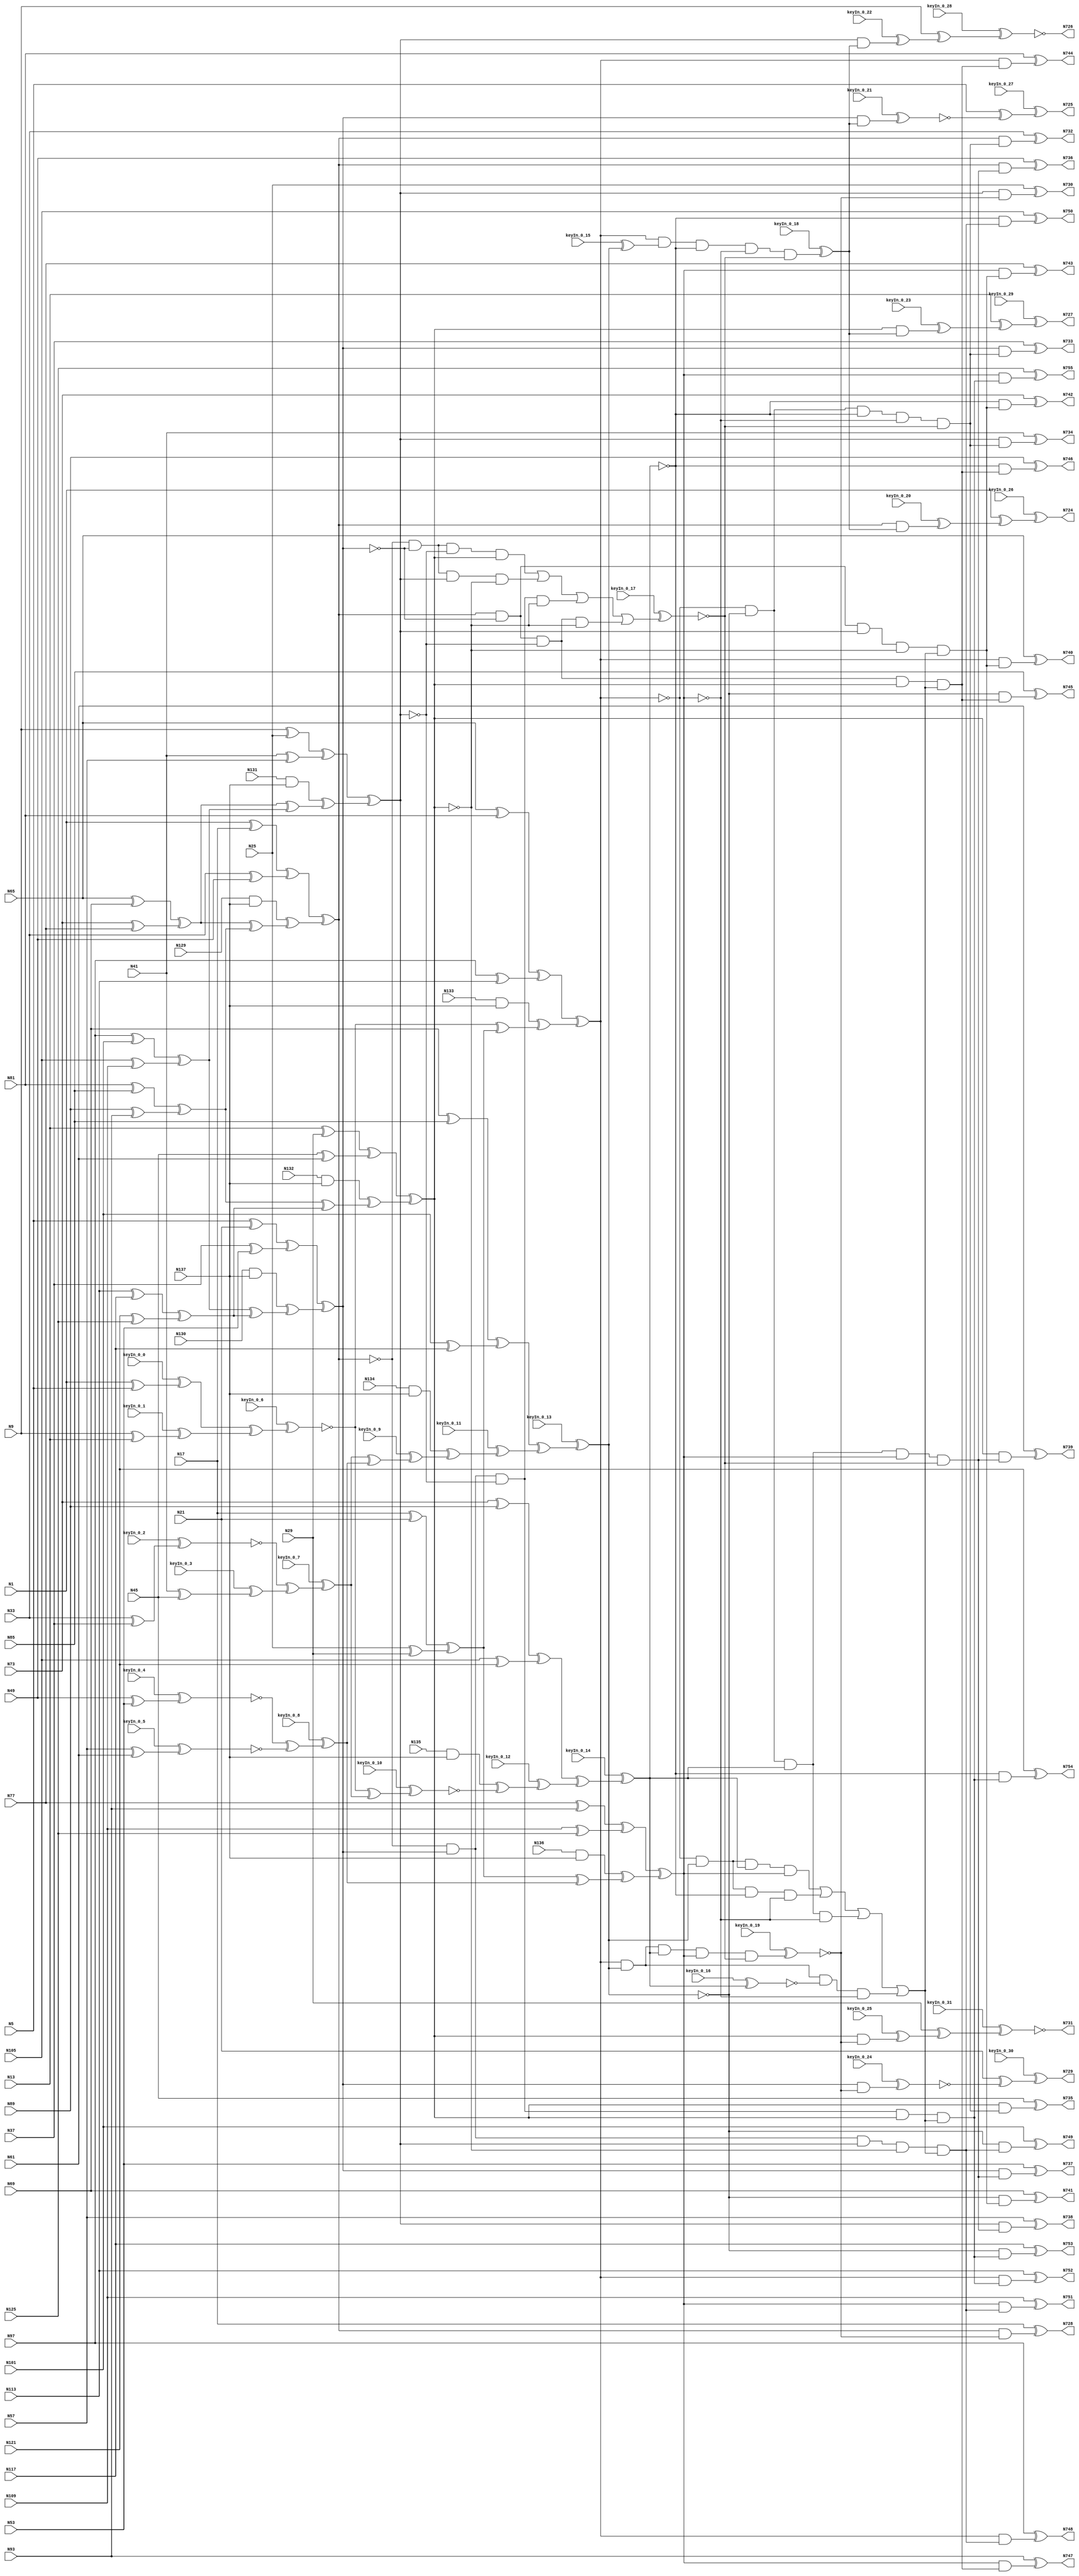
// This program was cloned from: https://github.com/matthewdelorenzo/CreativEval
// License: BSD 3-Clause "New" or "Revised" License

`timescale 1ns / 1ps
// Verilog
// c499
// Ninputs 41
// Noutputs 32
// NtotalGates 202
// XOR2 104
// AND2 40
// NOT1 40
// AND4 8
// OR4 2
// AND5 8

module top (N1,N5,N9,N13,N17,N21,N25,N29,N33,N37,
             N41,N45,N49,N53,N57,N61,N65,N69,N73,N77,
             N81,N85,N89,N93,N97,N101,N105,N109,N113,N117,
             N121,N125,N129,N130,N131,N132,N133,N134,N135,N136,
             N137,N724,N725,N726,N727,N728,N729,N730,N731,N732,
             N733,N734,N735,N736,N737,N738,N739,N740,N741,N742,
             N743,N744,N745,N746,N747,N748,N749,N750,N751,N752,
                  N753,N754,N755,
        keyIn_0_0, keyIn_0_1, keyIn_0_2, keyIn_0_3, keyIn_0_4,
        keyIn_0_5, keyIn_0_6, keyIn_0_7, keyIn_0_8, keyIn_0_9,
        keyIn_0_10, keyIn_0_11, keyIn_0_12, keyIn_0_13, keyIn_0_14,
        keyIn_0_15, keyIn_0_16, keyIn_0_17, keyIn_0_18, keyIn_0_19,
        keyIn_0_20, keyIn_0_21, keyIn_0_22, keyIn_0_23, keyIn_0_24,
        keyIn_0_25, keyIn_0_26, keyIn_0_27, keyIn_0_28, keyIn_0_29,
        keyIn_0_30, keyIn_0_31);

  input keyIn_0_0, keyIn_0_1, keyIn_0_2, keyIn_0_3, keyIn_0_4;
  input keyIn_0_5, keyIn_0_6, keyIn_0_7, keyIn_0_8, keyIn_0_9;
  input keyIn_0_10, keyIn_0_11, keyIn_0_12, keyIn_0_13, keyIn_0_14;
  input keyIn_0_15, keyIn_0_16, keyIn_0_17, keyIn_0_18, keyIn_0_19;
  input keyIn_0_20, keyIn_0_21, keyIn_0_22, keyIn_0_23, keyIn_0_24;
  input keyIn_0_25, keyIn_0_26, keyIn_0_27, keyIn_0_28, keyIn_0_29;
  input keyIn_0_30, keyIn_0_31;

  wire [0:31] KeyWire_0;
  wire [0:17] KeyNOTWire_0;

input N1,N5,N9,N13,N17,N21,N25,N29,N33,N37,
      N41,N45,N49,N53,N57,N61,N65,N69,N73,N77,
      N81,N85,N89,N93,N97,N101,N105,N109,N113,N117,
      N121,N125,N129,N130,N131,N132,N133,N134,N135,N136,
      N137;

output N724,N725,N726,N727,N728,N729,N730,N731,N732,N733,
       N734,N735,N736,N737,N738,N739,N740,N741,N742,N743,
       N744,N745,N746,N747,N748,N749,N750,N751,N752,N753,
       N754,N755;

wire N250,N251,N252,N253,N254,N255,N256,N257,N258,N259,
     N260,N261,N262,N263,N264,N265,N266,N267,N268,N269,
     N270,N271,N272,N273,N274,N275,N276,N277,N278,N279,
     N280,N281,N282,N283,N284,N285,N286,N287,N288,N289,
     N290,N293,N296,N299,N302,N305,N308,N311,N314,N315,
     N316,N317,N318,N319,N320,N321,N338,N339,N340,N341,
     N342,N343,N344,N345,N346,N347,N348,N349,N350,N351,
     N352,N353,N354,N367,N380,N393,N406,N419,N432,N445,
     N554,N555,N556,N557,N558,N559,N560,N561,N562,N563,
     N564,N565,N566,N567,N568,N569,N570,N571,N572,N573,
     N574,N575,N576,N577,N578,N579,N580,N581,N582,N583,
     N584,N585,N586,N587,N588,N589,N590,N591,N592,N593,
     N594,N595,N596,N597,N598,N599,N600,N601,N602,N607,
     N620,N625,N630,N635,N640,N645,N650,N655,N692,N693,
     N694,N695,N696,N697,N698,N699,N700,N701,N702,N703,
     N704,N705,N706,N707,N708,N709,N710,N711,N712,N713,
     N714,N715,N716,N717,N718,N719,N720,N721,N722,N723;

  xor XOR2_1 (KeyWire_0[0], N1, N5);
  xor KeyGate_0_0(N250, keyIn_0_0, KeyWire_0[0]);
  xor XOR2_2 (KeyWire_0[1], N9, N13);
  xnor KeyGate_0_1(KeyNOTWire_0[0], keyIn_0_1, KeyWire_0[1]);
  not KeyNOTGate_0_0(N251, KeyNOTWire_0[0]);
xor XOR2_3 (N252, N17, N21);
xor XOR2_4 (N253, N25, N29);
  xor XOR2_5 (KeyWire_0[2], N33, N37);
  xor KeyGate_0_2(KeyNOTWire_0[1], keyIn_0_2, KeyWire_0[2]);
  not KeyNOTGate_0_1(N254, KeyNOTWire_0[1]);
  xor XOR2_6 (KeyWire_0[3], N41, N45);
  xor KeyGate_0_3(N255, keyIn_0_3, KeyWire_0[3]);
  xor XOR2_7 (KeyWire_0[4], N49, N53);
  xnor KeyGate_0_4(N256, keyIn_0_4, KeyWire_0[4]);
  xor XOR2_8 (KeyWire_0[5], N57, N61);
  xor KeyGate_0_5(KeyNOTWire_0[2], keyIn_0_5, KeyWire_0[5]);
  not KeyNOTGate_0_2(N257, KeyNOTWire_0[2]);
xor XOR2_9 (N258, N65, N69);
xor XOR2_10 (N259, N73, N77);
xor XOR2_11 (N260, N81, N85);
xor XOR2_12 (N261, N89, N93);
xor XOR2_13 (N262, N97, N101);
xor XOR2_14 (N263, N105, N109);
xor XOR2_15 (N264, N113, N117);
xor XOR2_16 (N265, N121, N125);
and AND2_17 (N266, N129, N137);
and AND2_18 (N267, N130, N137);
and AND2_19 (N268, N131, N137);
and AND2_20 (N269, N132, N137);
and AND2_21 (N270, N133, N137);
and AND2_22 (N271, N134, N137);
and AND2_23 (N272, N135, N137);
and AND2_24 (N273, N136, N137);
xor XOR2_25 (N274, N1, N17);
xor XOR2_26 (N275, N33, N49);
xor XOR2_27 (N276, N5, N21);
xor XOR2_28 (N277, N37, N53);
xor XOR2_29 (N278, N9, N25);
xor XOR2_30 (N279, N41, N57);
xor XOR2_31 (N280, N13, N29);
xor XOR2_32 (N281, N45, N61);
xor XOR2_33 (N282, N65, N81);
xor XOR2_34 (N283, N97, N113);
xor XOR2_35 (N284, N69, N85);
xor XOR2_36 (N285, N101, N117);
xor XOR2_37 (N286, N73, N89);
xor XOR2_38 (N287, N105, N121);
xor XOR2_39 (N288, N77, N93);
xor XOR2_40 (N289, N109, N125);
  xor XOR2_41 (KeyWire_0[6], N250, N251);
  xor KeyGate_0_6(KeyNOTWire_0[3], keyIn_0_6, KeyWire_0[6]);
  not KeyNOTGate_0_3(N290, KeyNOTWire_0[3]);
xor XOR2_42 (N293, N252, N253);
  xor XOR2_43 (KeyWire_0[7], N254, N255);
  xnor KeyGate_0_7(KeyNOTWire_0[4], keyIn_0_7, KeyWire_0[7]);
  not KeyNOTGate_0_4(N296, KeyNOTWire_0[4]);
  xor XOR2_44 (KeyWire_0[8], N256, N257);
  xnor KeyGate_0_8(KeyNOTWire_0[5], keyIn_0_8, KeyWire_0[8]);
  not KeyNOTGate_0_5(N299, KeyNOTWire_0[5]);
xor XOR2_45 (N302, N258, N259);
xor XOR2_46 (N305, N260, N261);
xor XOR2_47 (N308, N262, N263);
xor XOR2_48 (N311, N264, N265);
xor XOR2_49 (N314, N274, N275);
xor XOR2_50 (N315, N276, N277);
xor XOR2_51 (N316, N278, N279);
xor XOR2_52 (N317, N280, N281);
xor XOR2_53 (N318, N282, N283);
xor XOR2_54 (N319, N284, N285);
xor XOR2_55 (N320, N286, N287);
xor XOR2_56 (N321, N288, N289);
xor XOR2_57 (N338, N290, N293);
  xor XOR2_58 (KeyWire_0[9], N296, N299);
  xor KeyGate_0_9(N339, keyIn_0_9, KeyWire_0[9]);
  xor XOR2_59 (KeyWire_0[10], N290, N296);
  xor KeyGate_0_10(KeyNOTWire_0[6], keyIn_0_10, KeyWire_0[10]);
  not KeyNOTGate_0_6(N340, KeyNOTWire_0[6]);
xor XOR2_60 (N341, N293, N299);
xor XOR2_61 (N342, N302, N305);
xor XOR2_62 (N343, N308, N311);
xor XOR2_63 (N344, N302, N308);
xor XOR2_64 (N345, N305, N311);
xor XOR2_65 (N346, N266, N342);
xor XOR2_66 (N347, N267, N343);
xor XOR2_67 (N348, N268, N344);
xor XOR2_68 (N349, N269, N345);
xor XOR2_69 (N350, N270, N338);
  xor XOR2_70 (KeyWire_0[11], N271, N339);
  xor KeyGate_0_11(N351, keyIn_0_11, KeyWire_0[11]);
  xor XOR2_71 (KeyWire_0[12], N272, N340);
  xor KeyGate_0_12(N352, keyIn_0_12, KeyWire_0[12]);
xor XOR2_72 (N353, N273, N341);
xor XOR2_73 (N354, N314, N346);
xor XOR2_74 (N367, N315, N347);
xor XOR2_75 (N380, N316, N348);
xor XOR2_76 (N393, N317, N349);
xor XOR2_77 (N406, N318, N350);
  xor XOR2_78 (KeyWire_0[13], N319, N351);
  xor KeyGate_0_13(KeyNOTWire_0[7], keyIn_0_13, KeyWire_0[13]);
  not KeyNOTGate_0_7(N419, KeyNOTWire_0[7]);
  xor XOR2_79 (KeyWire_0[14], N320, N352);
  xnor KeyGate_0_14(N432, keyIn_0_14, KeyWire_0[14]);
xor XOR2_80 (N445, N321, N353);
not NOT1_81 (N554, N354);
not NOT1_82 (N555, N367);
not NOT1_83 (N556, N380);
not NOT1_84 (N557, N354);
not NOT1_85 (N558, N367);
not NOT1_86 (N559, N393);
not NOT1_87 (N560, N354);
not NOT1_88 (N561, N380);
not NOT1_89 (N562, N393);
not NOT1_90 (N563, N367);
not NOT1_91 (N564, N380);
not NOT1_92 (N565, N393);
  not NOT1_93 (KeyWire_0[15], N419);
  xor KeyGate_0_15(N566, keyIn_0_15, KeyWire_0[15]);
not NOT1_94 (N567, N445);
not NOT1_95 (N568, N419);
not NOT1_96 (N569, N432);
not NOT1_97 (N570, N406);
not NOT1_98 (N571, N445);
not NOT1_99 (N572, N406);
not NOT1_100 (N573, N432);
not NOT1_101 (N574, N406);
not NOT1_102 (N575, N419);
not NOT1_103 (N576, N432);
not NOT1_104 (N577, N406);
not NOT1_105 (N578, N419);
not NOT1_106 (N579, N445);
not NOT1_107 (N580, N406);
not NOT1_108 (N581, N432);
not NOT1_109 (N582, N445);
not NOT1_110 (N583, N419);
  not NOT1_111 (KeyWire_0[16], N432);
  xor KeyGate_0_16(KeyNOTWire_0[8], keyIn_0_16, KeyWire_0[16]);
  not KeyNOTGate_0_8(N584, KeyNOTWire_0[8]);
not NOT1_112 (N585, N445);
not NOT1_113 (N586, N367);
not NOT1_114 (N587, N393);
not NOT1_115 (N588, N367);
not NOT1_116 (N589, N380);
not NOT1_117 (N590, N354);
not NOT1_118 (N591, N393);
not NOT1_119 (N592, N354);
not NOT1_120 (N593, N380);
and AND4_121 (N594, N554, N555, N556, N393);
and AND4_122 (N595, N557, N558, N380, N559);
and AND4_123 (N596, N560, N367, N561, N562);
and AND4_124 (N597, N354, N563, N564, N565);
and AND4_125 (N598, N574, N575, N576, N445);
and AND4_126 (N599, N577, N578, N432, N579);
and AND4_127 (N600, N580, N419, N581, N582);
and AND4_128 (N601, N406, N583, N584, N585);
  or OR4_129 (KeyWire_0[17], N594, N595, N596, N597);
  xor KeyGate_0_17(KeyNOTWire_0[9], keyIn_0_17, KeyWire_0[17]);
  not KeyNOTGate_0_9(N602, KeyNOTWire_0[9]);
or OR4_130 (N607, N598, N599, N600, N601);
  and AND5_131 (KeyWire_0[18], N406, N566, N432, N567, N602);
  xor KeyGate_0_18(N620, keyIn_0_18, KeyWire_0[18]);
  and AND5_132 (KeyWire_0[19], N406, N568, N569, N445, N602);
  xor KeyGate_0_19(KeyNOTWire_0[10], keyIn_0_19, KeyWire_0[19]);
  not KeyNOTGate_0_10(N625, KeyNOTWire_0[10]);
and AND5_133 (N630, N570, N419, N432, N571, N602);
and AND5_134 (N635, N572, N419, N573, N445, N602);
and AND5_135 (N640, N354, N586, N380, N587, N607);
and AND5_136 (N645, N354, N588, N589, N393, N607);
and AND5_137 (N650, N590, N367, N380, N591, N607);
and AND5_138 (N655, N592, N367, N593, N393, N607);
  and AND2_139 (KeyWire_0[20], N354, N620);
  xor KeyGate_0_20(N692, keyIn_0_20, KeyWire_0[20]);
  and AND2_140 (KeyWire_0[21], N367, N620);
  xor KeyGate_0_21(KeyNOTWire_0[11], keyIn_0_21, KeyWire_0[21]);
  not KeyNOTGate_0_11(N693, KeyNOTWire_0[11]);
  and AND2_141 (KeyWire_0[22], N380, N620);
  xor KeyGate_0_22(N694, keyIn_0_22, KeyWire_0[22]);
  and AND2_142 (KeyWire_0[23], N393, N620);
  xor KeyGate_0_23(N695, keyIn_0_23, KeyWire_0[23]);
and AND2_143 (N696, N354, N625);
  and AND2_144 (KeyWire_0[24], N367, N625);
  xnor KeyGate_0_24(N697, keyIn_0_24, KeyWire_0[24]);
and AND2_145 (N698, N380, N625);
  and AND2_146 (KeyWire_0[25], N393, N625);
  xnor KeyGate_0_25(KeyNOTWire_0[12], keyIn_0_25, KeyWire_0[25]);
  not KeyNOTGate_0_12(N699, KeyNOTWire_0[12]);
and AND2_147 (N700, N354, N630);
and AND2_148 (N701, N367, N630);
and AND2_149 (N702, N380, N630);
and AND2_150 (N703, N393, N630);
and AND2_151 (N704, N354, N635);
and AND2_152 (N705, N367, N635);
and AND2_153 (N706, N380, N635);
and AND2_154 (N707, N393, N635);
and AND2_155 (N708, N406, N640);
and AND2_156 (N709, N419, N640);
and AND2_157 (N710, N432, N640);
and AND2_158 (N711, N445, N640);
and AND2_159 (N712, N406, N645);
and AND2_160 (N713, N419, N645);
and AND2_161 (N714, N432, N645);
and AND2_162 (N715, N445, N645);
and AND2_163 (N716, N406, N650);
and AND2_164 (N717, N419, N650);
and AND2_165 (N718, N432, N650);
and AND2_166 (N719, N445, N650);
and AND2_167 (N720, N406, N655);
and AND2_168 (N721, N419, N655);
and AND2_169 (N722, N432, N655);
and AND2_170 (N723, N445, N655);
  xor XOR2_171 (KeyWire_0[26], N1, N692);
  xnor KeyGate_0_26(KeyNOTWire_0[13], keyIn_0_26, KeyWire_0[26]);
  not KeyNOTGate_0_13(N724, KeyNOTWire_0[13]);
  xor XOR2_172 (KeyWire_0[27], N5, N693);
  xnor KeyGate_0_27(KeyNOTWire_0[14], keyIn_0_27, KeyWire_0[27]);
  not KeyNOTGate_0_14(N725, KeyNOTWire_0[14]);
  xor XOR2_173 (KeyWire_0[28], N9, N694);
  xor KeyGate_0_28(KeyNOTWire_0[15], keyIn_0_28, KeyWire_0[28]);
  not KeyNOTGate_0_15(N726, KeyNOTWire_0[15]);
  xor XOR2_174 (KeyWire_0[29], N13, N695);
  xnor KeyGate_0_29(KeyNOTWire_0[16], keyIn_0_29, KeyWire_0[29]);
  not KeyNOTGate_0_16(N727, KeyNOTWire_0[16]);
xor XOR2_175 (N728, N17, N696);
  xor XOR2_176 (KeyWire_0[30], N21, N697);
  xnor KeyGate_0_30(KeyNOTWire_0[17], keyIn_0_30, KeyWire_0[30]);
  not KeyNOTGate_0_17(N729, KeyNOTWire_0[17]);
xor XOR2_177 (N730, N25, N698);
  xor XOR2_178 (KeyWire_0[31], N29, N699);
  xnor KeyGate_0_31(N731, keyIn_0_31, KeyWire_0[31]);
xor XOR2_179 (N732, N33, N700);
xor XOR2_180 (N733, N37, N701);
xor XOR2_181 (N734, N41, N702);
xor XOR2_182 (N735, N45, N703);
xor XOR2_183 (N736, N49, N704);
xor XOR2_184 (N737, N53, N705);
xor XOR2_185 (N738, N57, N706);
xor XOR2_186 (N739, N61, N707);
xor XOR2_187 (N740, N65, N708);
xor XOR2_188 (N741, N69, N709);
xor XOR2_189 (N742, N73, N710);
xor XOR2_190 (N743, N77, N711);
xor XOR2_191 (N744, N81, N712);
xor XOR2_192 (N745, N85, N713);
xor XOR2_193 (N746, N89, N714);
xor XOR2_194 (N747, N93, N715);
xor XOR2_195 (N748, N97, N716);
xor XOR2_196 (N749, N101, N717);
xor XOR2_197 (N750, N105, N718);
xor XOR2_198 (N751, N109, N719);
xor XOR2_199 (N752, N113, N720);
xor XOR2_200 (N753, N117, N721);
xor XOR2_201 (N754, N121, N722);
xor XOR2_202 (N755, N125, N723);

endmodule